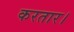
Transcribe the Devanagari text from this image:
करतार।